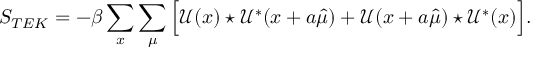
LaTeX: S _ { T E K } = - \beta \sum _ { x } \sum _ { \mu } \Big [ \mathcal { U } ( x ) \star \mathcal { U } ^ { * } ( x + a \hat { \mu } ) + \mathcal { U } ( x + a \hat { \mu } ) \star \mathcal { U } ^ { * } ( x ) \Big ] .